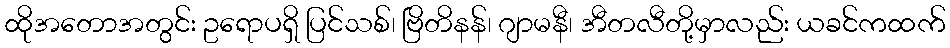
ထိုအတောအတွင်း ဥရောပရှိ ပြင်သစ်၊ ဗြိတိနန်၊ ဂျာမနီ၊ အီတလီတို့မှာလည်း ယခင်ကထက်